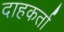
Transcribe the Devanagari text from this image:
दाहकर्ता